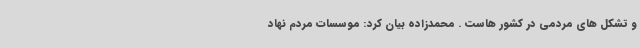
و تشکل های مردمی در کشور هاست . محمدزاده بیان کرد: موسسات مردم نهاد